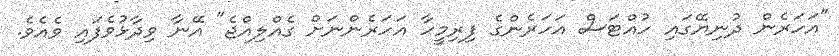
"އަހަރެން ދުނިޔޭގައި ހުއްޓަސް އަހަރެންގެ ފިރިމީހާ އަހަރެންނަށް ގެއްލިއްޖެ" އޭނާ ވިދާޅުވެފައި ވެއެވެ.